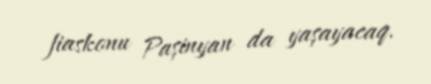
fiaskonu Paşinyan da yaşayacaq.